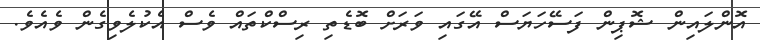
އޮންލައިން ޝޮޕިން ފަސޭހަޔަސް އޭގައި ވަރަށް ބޮޑެތި ރިސްކްތައް ވެސް އެކުލެވިގެން ވެއެވެ.